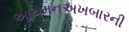
આચમનઅખબારની